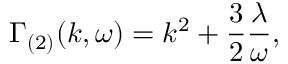
\Gamma _ { ( 2 ) } ( k , \omega ) = k ^ { 2 } + \frac { 3 } { 2 } \frac { \lambda } { \omega } ,